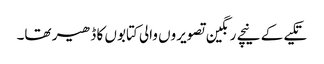
تکیے کے نیچے رنگین تصویروں والی کتابوں کا ڈھیر تھا۔